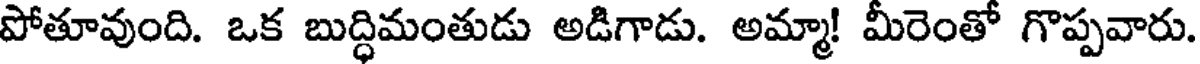
పోతూవుంది. ఒక బుద్ధిమంతుడు అడిగాడు. అమ్మా! మీరెంతో గొప్పవారు.